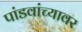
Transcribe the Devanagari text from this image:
पांडवांच्यावर